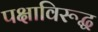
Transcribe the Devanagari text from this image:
पक्षाविरूद्ध